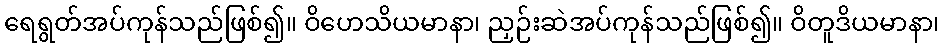
ရေရွတ်အပ်ကုန်သည်ဖြစ်၍။ ဝိဟေသိယမာနာ၊ ညှဉ်းဆဲအပ်ကုန်သည်ဖြစ်၍။ ဝိတူဒိယမာနာ၊